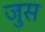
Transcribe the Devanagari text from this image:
जुस